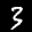
Label: 3